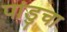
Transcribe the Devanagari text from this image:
पांडुचा